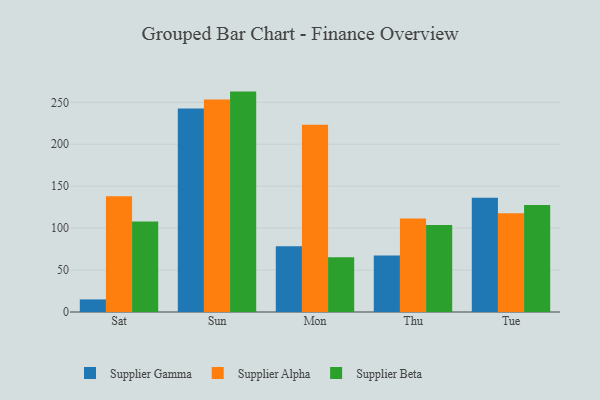
{"axis": {"x": "Day", "y": "Active Users"}, "legend": ["Supplier Alpha", "Supplier Beta", "Supplier Gamma"], "data": [{"x": "Sat", "y": 15.0, "type": "Supplier Gamma"}, {"x": "Sat", "y": 138.1, "type": "Supplier Alpha"}, {"x": "Sat", "y": 107.9, "type": "Supplier Beta"}, {"x": "Sun", "y": 242.6, "type": "Supplier Gamma"}, {"x": "Sun", "y": 253.3, "type": "Supplier Alpha"}, {"x": "Sun", "y": 262.8, "type": "Supplier Beta"}, {"x": "Mon", "y": 78.5, "type": "Supplier Gamma"}, {"x": "Mon", "y": 223.2, "type": "Supplier Alpha"}, {"x": "Mon", "y": 65.4, "type": "Supplier Beta"}, {"x": "Thu", "y": 67.5, "type": "Supplier Gamma"}, {"x": "Thu", "y": 111.4, "type": "Supplier Alpha"}, {"x": "Thu", "y": 103.7, "type": "Supplier Beta"}, {"x": "Tue", "y": 136.3, "type": "Supplier Gamma"}, {"x": "Tue", "y": 117.7, "type": "Supplier Alpha"}, {"x": "Tue", "y": 127.7, "type": "Supplier Beta"}]}